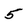
Character: 5